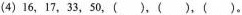
(4)16，17，33，50，()，()，()。